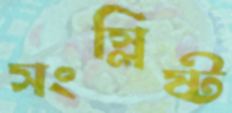
সংস্লিষ্ট